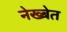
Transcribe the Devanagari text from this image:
नेख्बेत